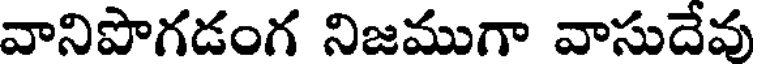
వానిపొగడంగ నిజముగా వాసుదేవు